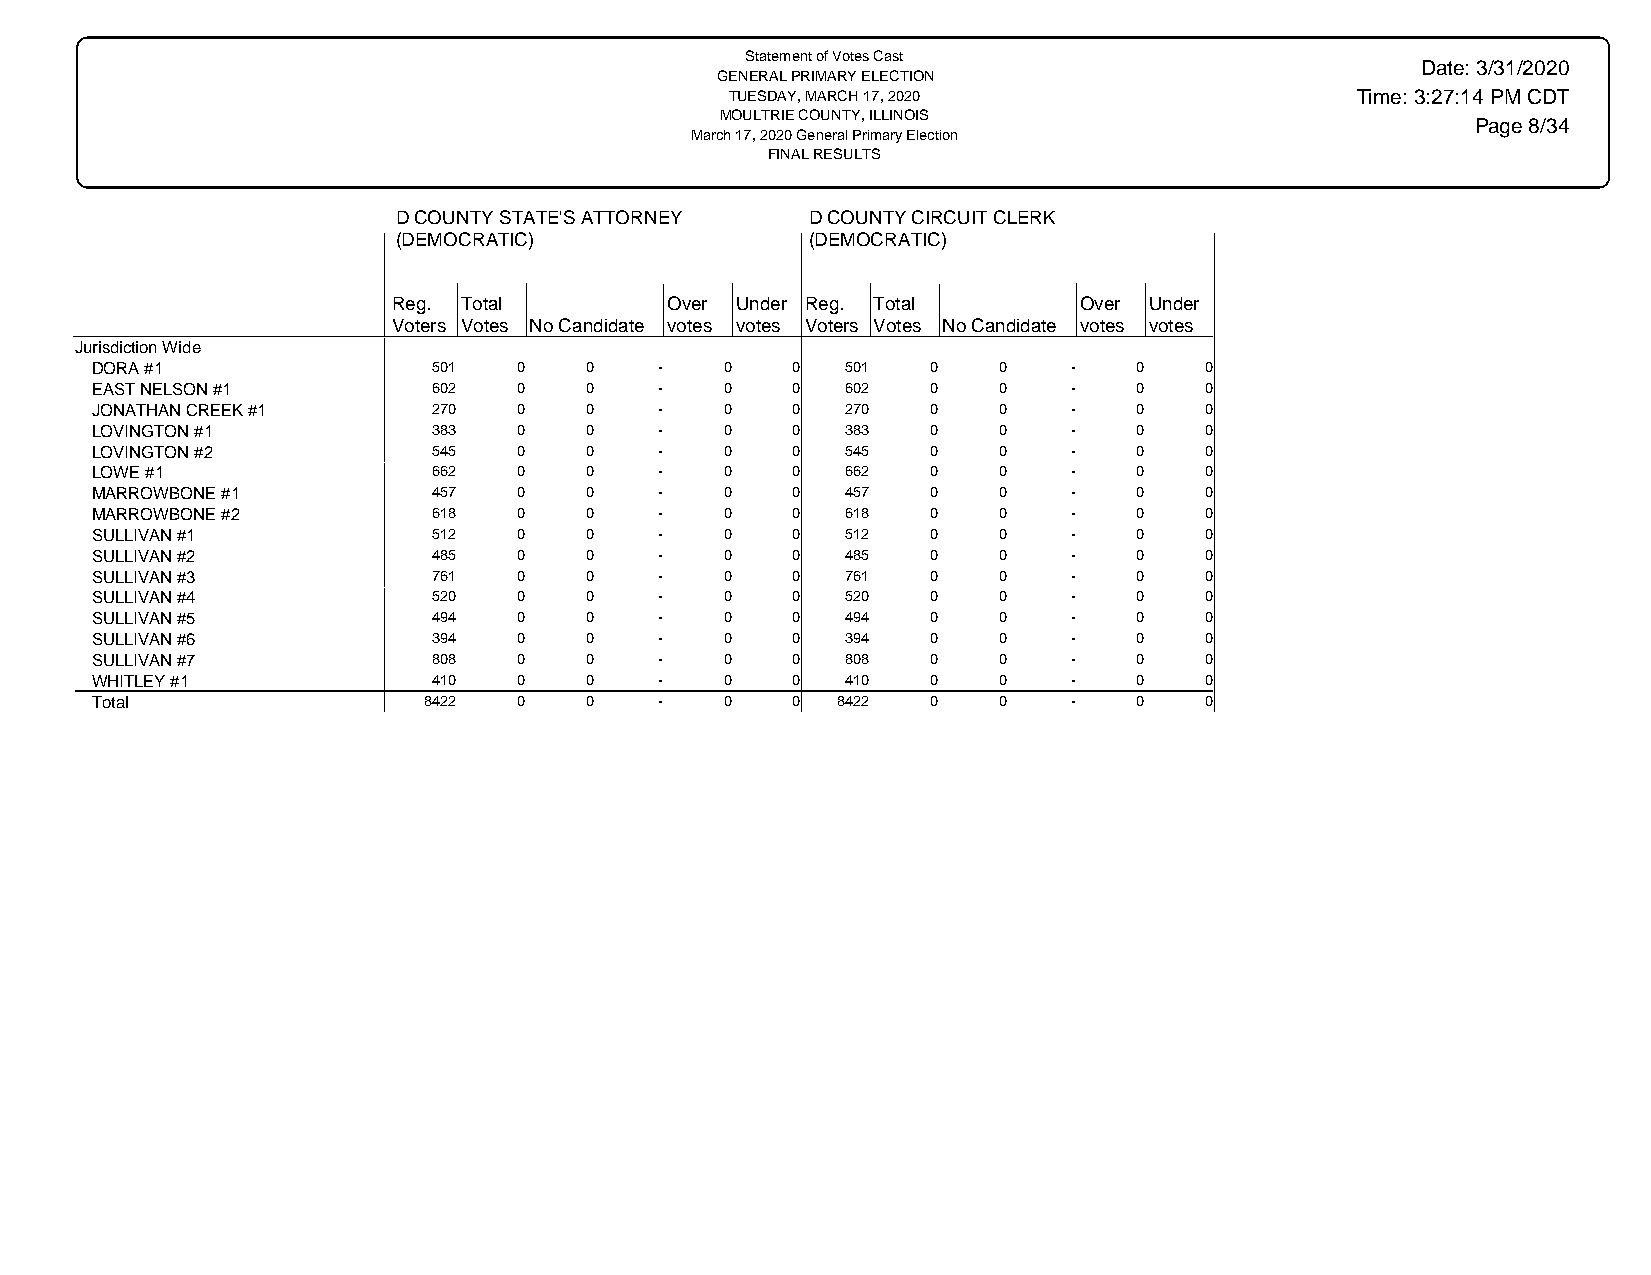
Statement of Votes Cast
 Date: 3/31/2020
 GENERAL PRIMARY ELECTION
 TUESDAY, MARCH 17, 2020                   Time: 3:27:14 PM CDT
 MOULTRIE COUNTY, ILLINOIS
 Page 8/34
 March 17, 2020 General Primary Election
 FINAL RESULTS
 D COUNTY STATE'S ATTORNEY   D COUNTY CIRCUIT CLERK
 (DEMOCRATIC)                (DEMOCRATIC)
 Reg. Total        Over Under Reg. Total      Over Under
 Voters Votes No Candidate votes votes Voters Votes No Candidate votes votes
 Jurisdiction Wide
 DORA #1                501  0    0    -   0   0   501   0   0    -   0    0
 EAST NELSON #1         602  0    0    -   0   0   602   0   0    -   0    0
 JONATHAN CREEK #1      270  0    0    -   0   0   270   0   0    -   0    0
 LOVINGTON #1           383  0    0    -   0   0   383   0   0    -   0    0
 LOVINGTON #2           545  0    0    -   0   0   545   0   0    -   0    0
 LOWE #1                662  0    0    -   0   0   662   0   0    -   0    0
 MARROWBONE #1          457  0    0    -   0   0   457   0   0    -   0    0
 MARROWBONE #2          618  0    0    -   0   0   618   0   0    -   0    0
 SULLIVAN #1            512  0    0    -   0   0   512   0   0    -   0    0
 SULLIVAN #2            485  0    0    -   0   0   485   0   0    -   0    0
 SULLIVAN #3            761  0    0    -   0   0   761   0   0    -   0    0
 SULLIVAN #4            520  0    0    -   0   0   520   0   0    -   0    0
 SULLIVAN #5            494  0    0    -   0   0   494   0   0    -   0    0
 SULLIVAN #6            394  0    0    -   0   0   394   0   0    -   0    0
 SULLIVAN #7            808  0    0    -   0   0   808   0   0    -   0    0
 WHITLEY #1             410  0    0    -   0   0   410   0   0    -   0    0
 Total                 8422  0    0    -   0   0  8422   0   0    -   0    0